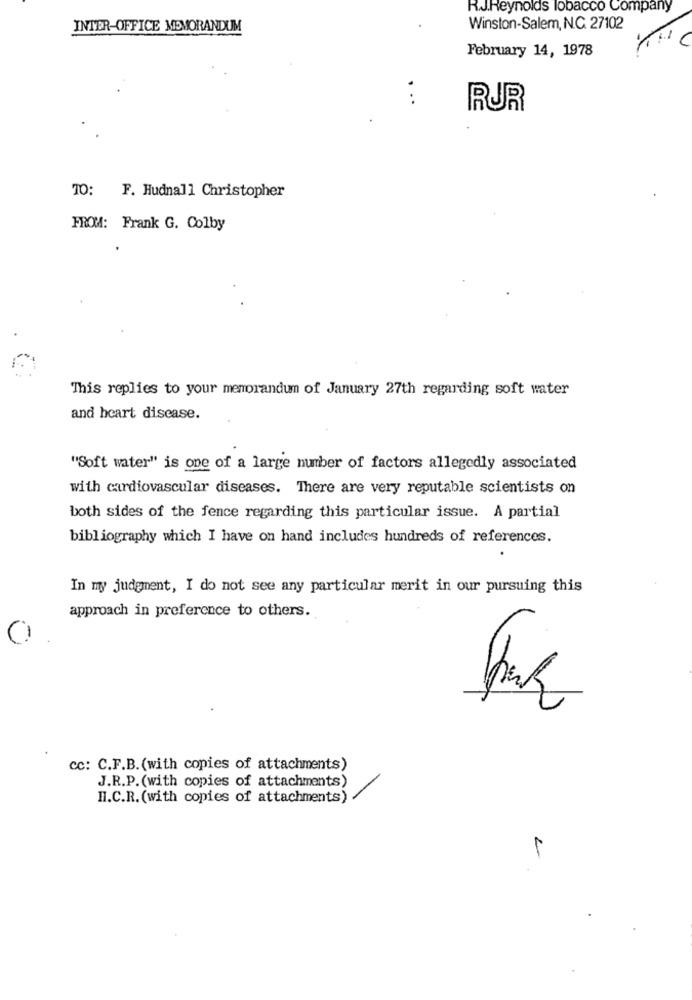
R.J.Reynolds Tobacco Company
INTER-OFFICE MEMORANDUM
Winston-Salem, N.C. 27102
February 14, 1978
..
RUR
10: F. Hudnall Christopher
FROM: Frank G. Colby
This replies to your memorandum of January 27th regarding soft water
and heart disease.
"Soft water" is one of a large number of factors allegedly associated
with cardiovascular diseases. There are very reputable scientists on
both sides of the fence regarding this particular issue. A partial
bibliography which I have on hand includes hundreds of references.
In my judgment, I do not see any particular merit in our pursuing this
approach in preference to others.
cc: C.F.B.(with copies of attachments)
J.R.P. (with copies of attachments)
II.C.R. (with copies of attachments)
1